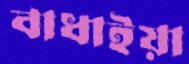
বাধাইয়া